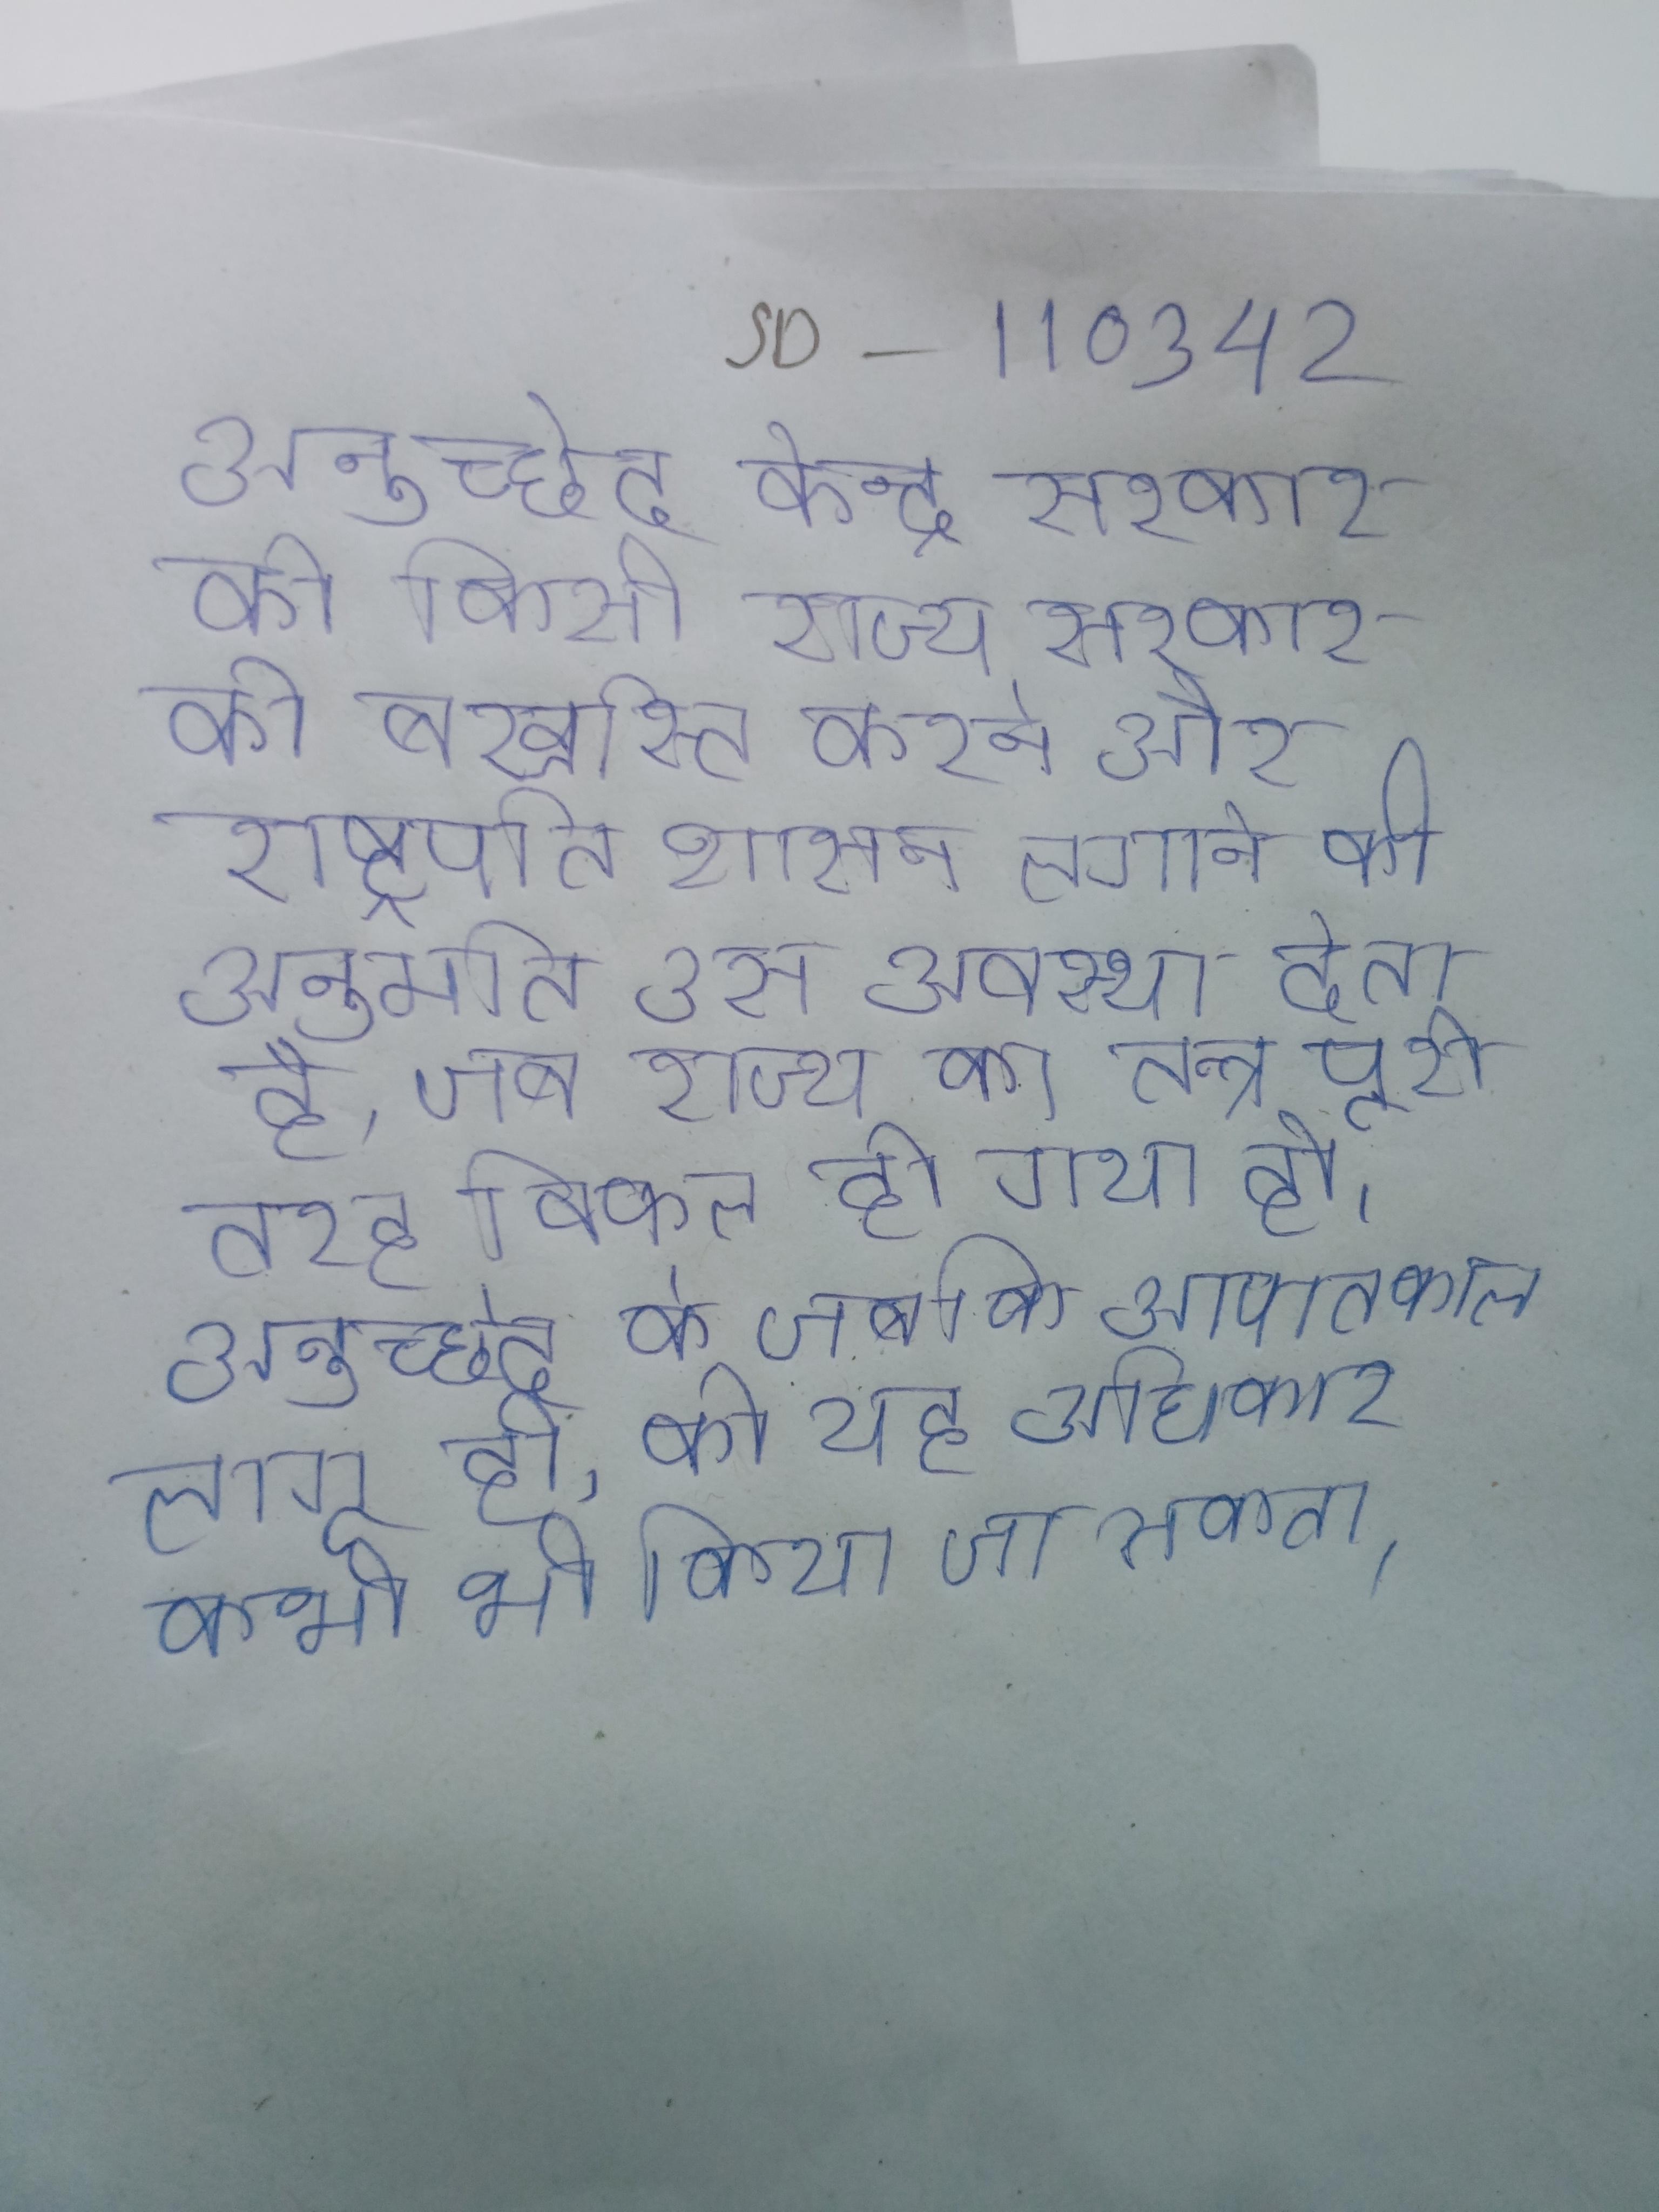
अनुच्छेद केन्द्र सरकार को किसी राज्य सरकार को बर्खास्त करने और राष्ट्रपति शासन लगाने की अनुमति उस अवस्था देता है, जब राज्य का तन्त्र पूरी तरह विफल हो गया हो । अनुच्छेद के जबकि आपातकाल लागू हो, को यह अधिकार कभी भी किया जा सकता ।